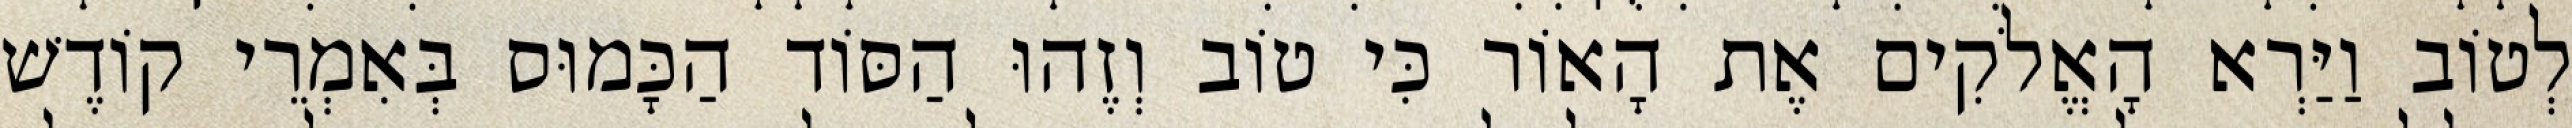
לְטוֹב וַיַּרְא הָאֱלֹקִים אֶת הָאוֹר כִּי טוֹב וְזֶהוּ הַסּוֹד הַכָּמוּס בְּאִמְרֵי קוֹדֶשׁ